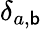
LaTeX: \delta_{a,\mathsf{b}}